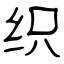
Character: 织